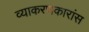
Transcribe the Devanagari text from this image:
व्याकरणकारांस